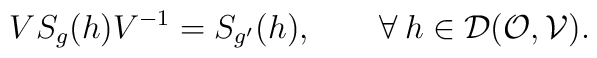
VS_{g}(h)V^{-1}=S_{g'}(h),\quad\quad\forall \>h\in {\cal D}({\cal O},{\cal V}).